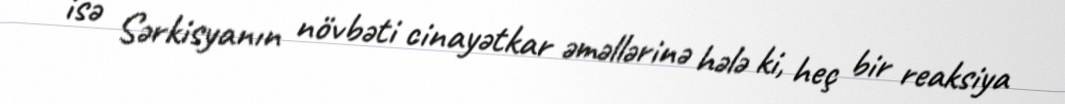
isə Sərkisyanın növbəti cinayətkar əməllərinə hələ ki, heç bir reaksiya